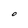
Character: O